kultuurilooline_kollektsioon, lk 114
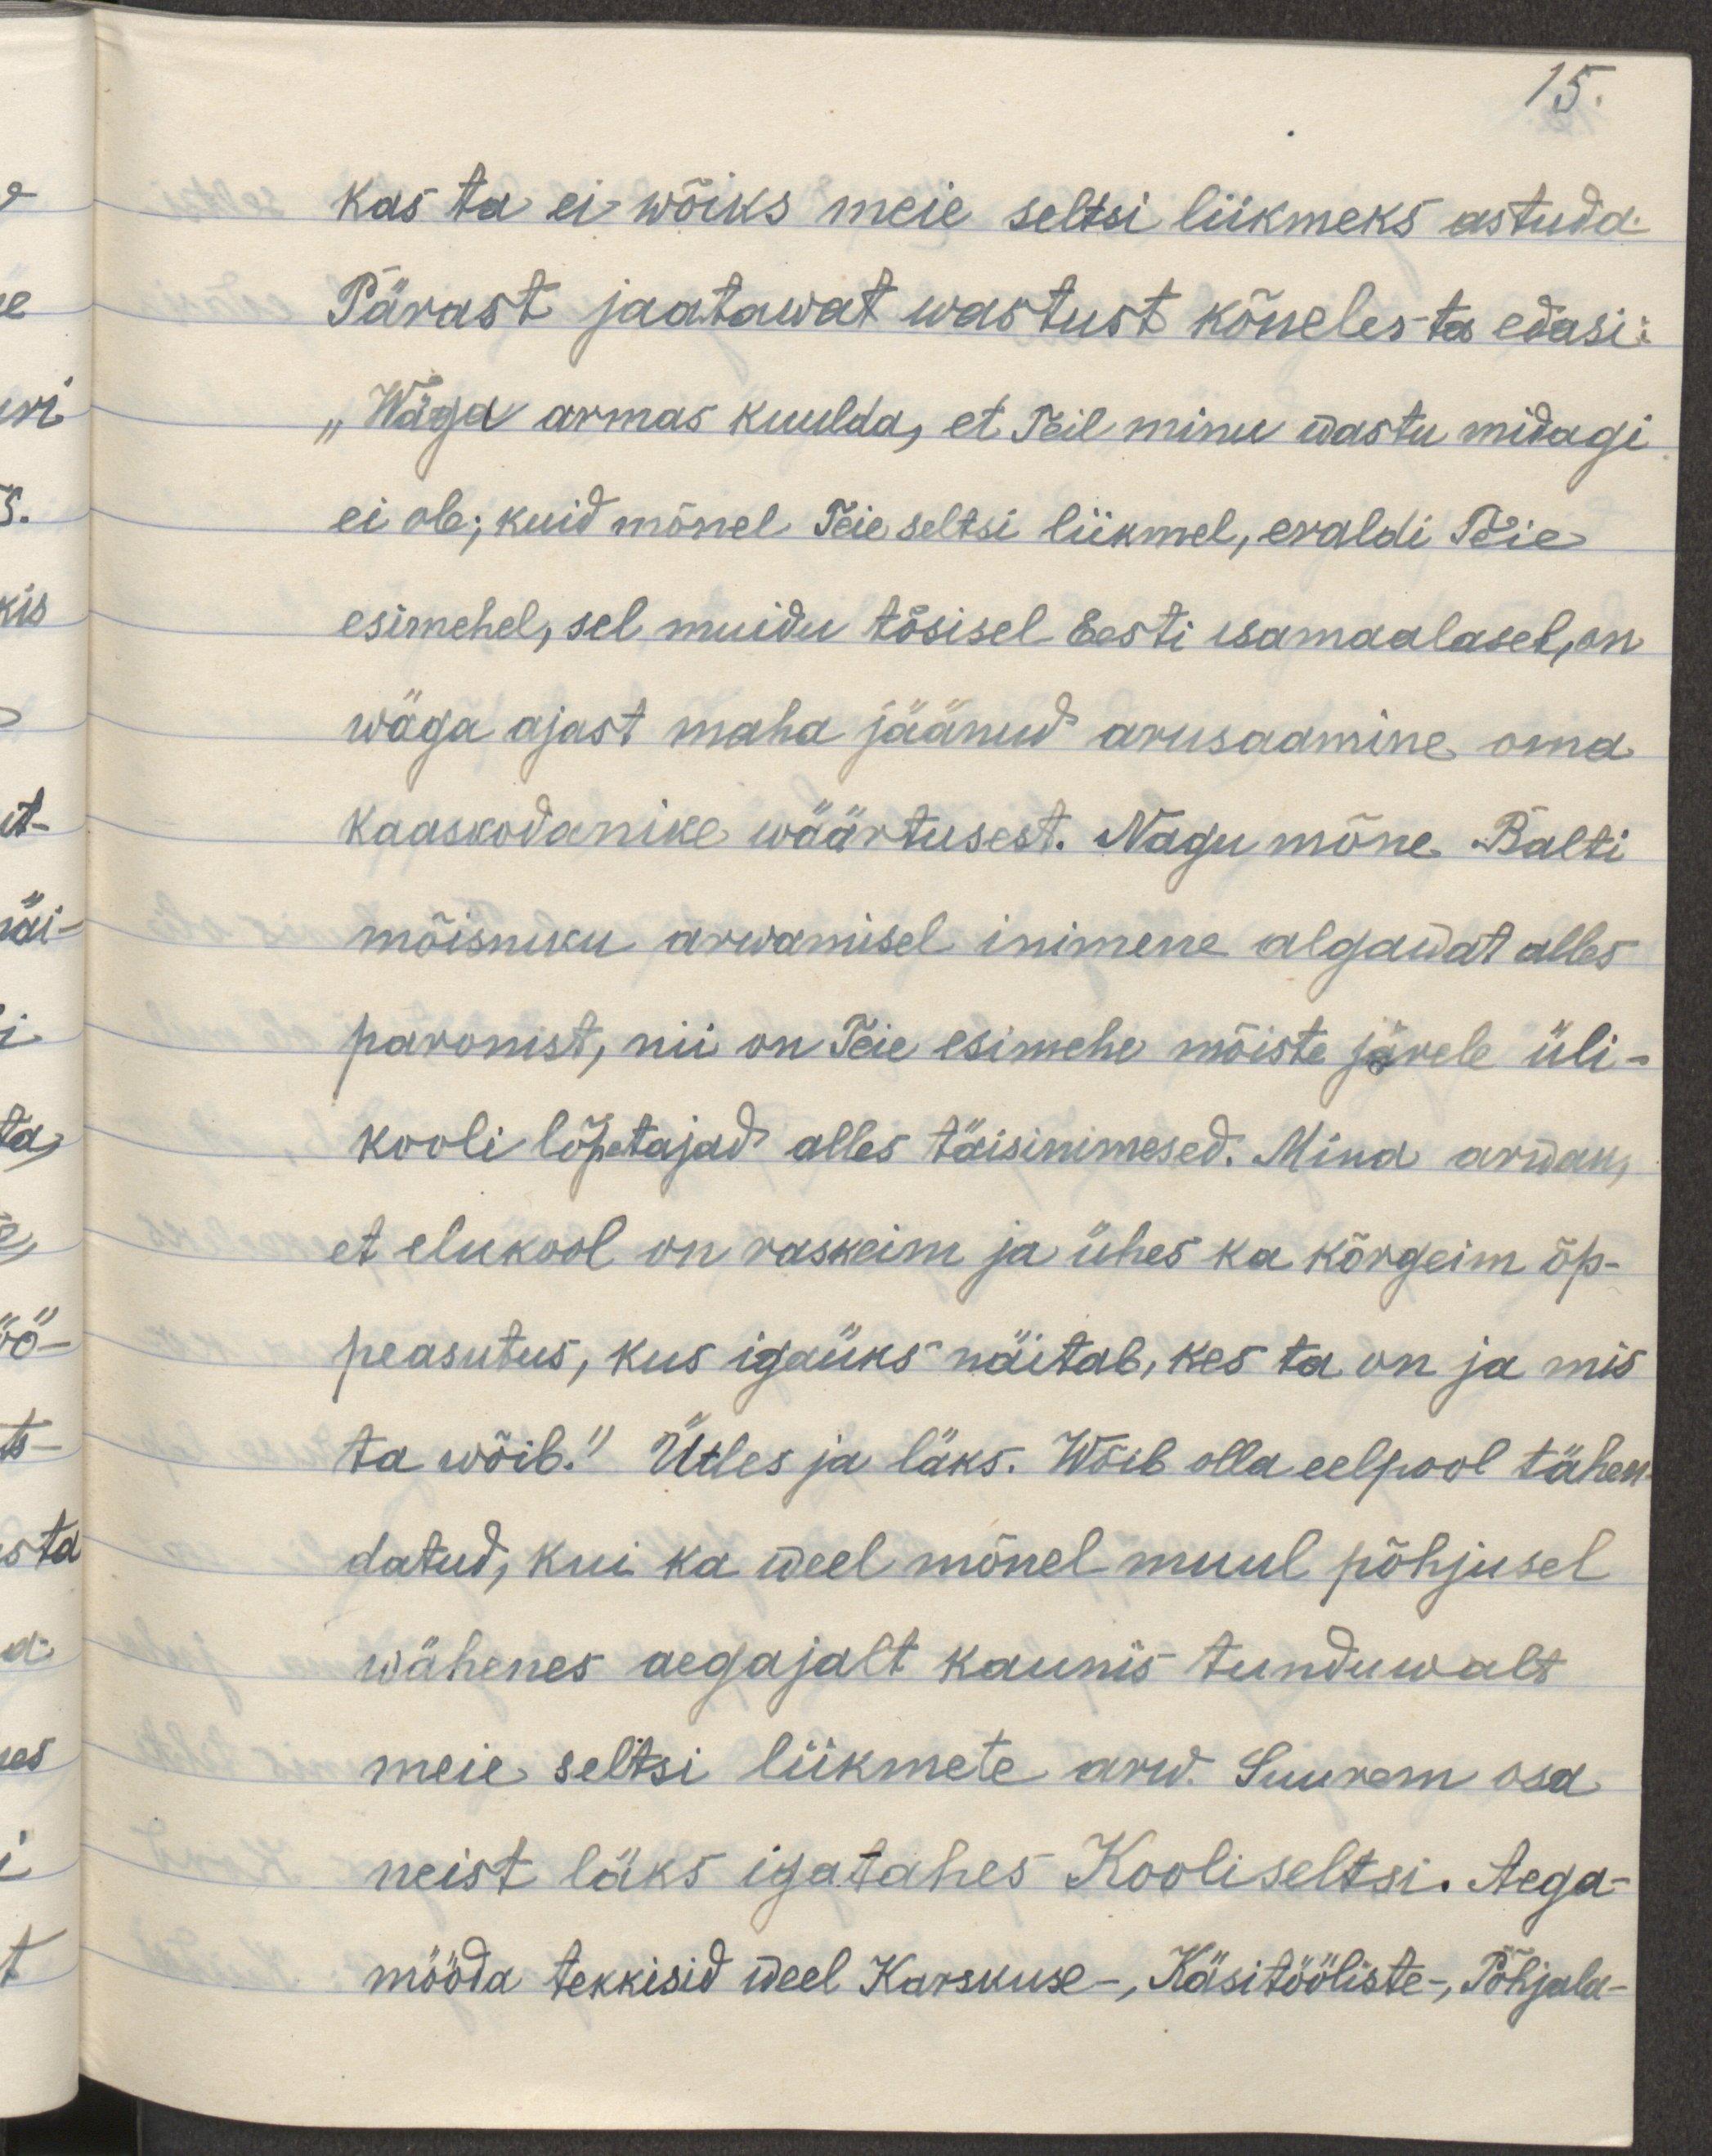
15.
Kas ta ei wõiks meie seltsi liikmeks astuda.
Pärast jaatawat wastust kõneles ta edasi:
"Wäga armas kuulda, et Teil minu wastu midagi
ei ole; kuid mõnel Teie seltsi liikmel, eraldi Teie
esimehel, sel muidu tõsisel Eesti isamaalasel, on
wäga ajast maha jäänud arusaamine oma
kaaskodanike wäärtusest. Nagu mõne Balti
mõisniku arwamisel inimene algawat alles
parunist, nii on Teie esimehe mõiste järele üli-
kooli lõpetajad alles täisinimesed. Mina arwan, 
et elukool on raskeim ja ühes ka kõrgeim õp-
peasutus, kus igaüks näitab, kes ta on ja mis 
ta wõib." Ütles ja läks. Wõib olla eelpool tähen-
datud, kui ka weel mõnel muul põhjusel
wähenes aegajalt kaunis tunduwalt
meie seltsi liikmete arw. Suurem osa
neist läks igatahes Kooliseltsi. Aega-
mööda tekkisid weel Karskuse-, Käsitööliste-, Põhjala-